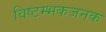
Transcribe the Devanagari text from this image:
विष्टम्भकजनक